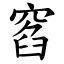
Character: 窞